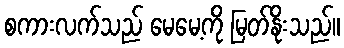
စကားလက်သည် မေမေ့ကို မြတ်နိုးသည်။